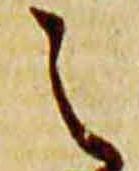
之